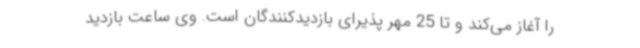
را آغاز می‌کند و تا 25 مهر پذیرای بازدیدکنندگان است. وی ساعت بازدید